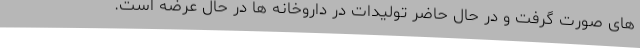
های صورت گرفت و در حال حاضر تولیدات در داروخانه ها در حال عرضه است.